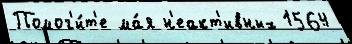
Помог'и́т'е ма́я н'еакт'ивных 1564